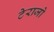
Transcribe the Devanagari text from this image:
टेराजो